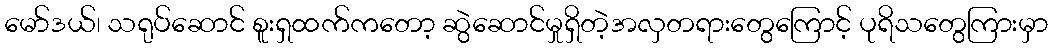
မော်ဒယ်၊ သရုပ်ဆောင် စူးရှထက်ကတော့ ဆွဲဆောင်မှုရှိတဲ့အလှတရားတွေကြောင့် ပုရိသတွေကြားမှာ